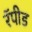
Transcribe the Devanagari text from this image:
रॅपीड